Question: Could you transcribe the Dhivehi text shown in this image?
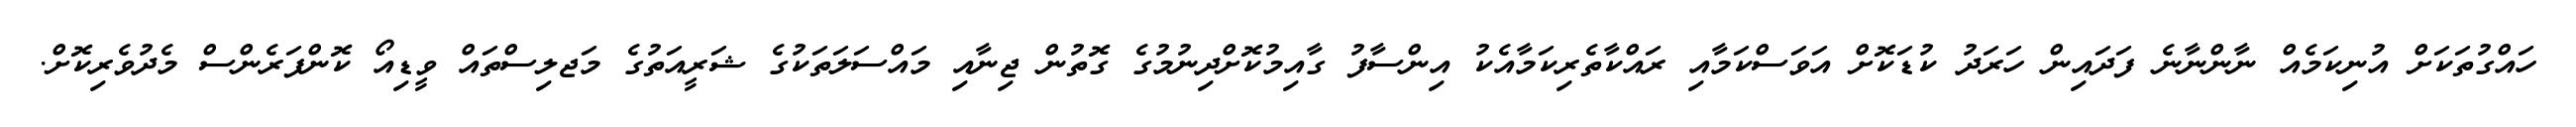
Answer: ހައްގުތަކަށް އުނިކަމެއް ނާންނާނެ ފަދައިން ހަރަދު ކުޑަކޮށް އަވަސްކަމާއި ރައްކާތެރިކަމާއެކު އިންސާފު ގާއިމުކޮށްދިނުމުގެ ގޮތުން ޖިނާއި މައްސަލަތަކުގެ ޝަރީއަތުގެ މަޖލިސްތައް ވީޑިއޯ ކޮންފަރެންސް މެދުވެރިކޮށް.